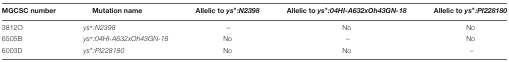
<table><thead><tr><td><b>MGCSC number</b></td><td><b>Mutation name</b></td><td><b>Allelic to <i>ys<sup>∗</sup></i>:<i>N2398</i></b></td><td><b>Allelic to <i>ys<sup>∗</sup>:04HI-A632xOh43GN-18</i></b></td><td><b>Allelic to <i>ys<sup>∗</sup>:PI228180</i></b></td></tr></thead><tbody><tr><td>3812O</td><td><i>ys<sup>∗</sup>:N2398</i></td><td>–</td><td>No</td><td>No</td></tr><tr><td>6505B</td><td><i>ys<sup>∗</sup>:04HI-A632xOh43GN-18</i></td><td>No</td><td>–</td><td>No</td></tr><tr><td>6003D</td><td><i>ys<sup>∗</sup>:PI228180</i></td><td>No</td><td>No</td><td>–</td></tr></tbody></table>